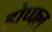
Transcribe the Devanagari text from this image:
होप्फ्ल